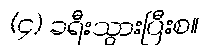
(၄) ခရီးသွားပြီးစ။